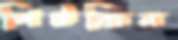
পিটকিন